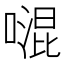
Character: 𠽞